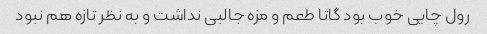
رول چایی خوب بود گاتا طعم و مزه جالبی نداشت و به نظر تازه هم نبود